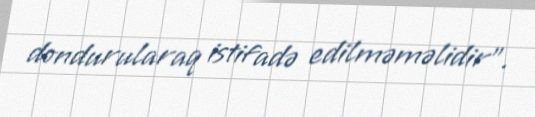
dondurularaq istifadə edilməməlidir”.